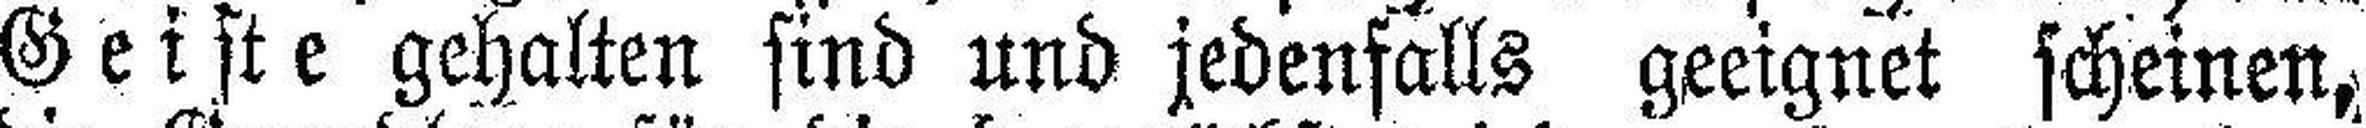
Geiste gehalten sind und jedenfalls geeignet scheinen,